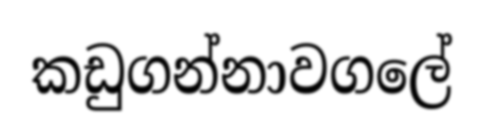
කඩුගන්නාවගලේ